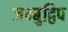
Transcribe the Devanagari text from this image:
जम्बुद्विप